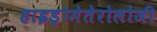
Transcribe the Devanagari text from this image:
हाइड्रोमेतेरोलोजी